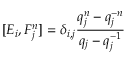
[ E _ { i } , F _ { j } ^ { n } ] = \delta _ { i , j } \frac { q _ { j } ^ { n } - q _ { j } ^ { - n } } { q _ { j } - q _ { j } ^ { - 1 } }